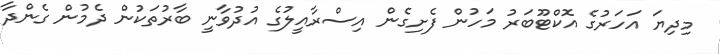
މިދިޔަ އަހަރުގެ އޮކްޓޫބަރު މަހުން ފެށިގެން އިސްރާއީލުގެ އުދުވާނީ ބާރުތަކުން ދެމުން ގެންދާ